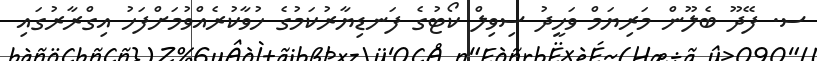
ސ. ފޭދޫ ބެލޫން މަރިޔަމް ވަހީދު ސިވިލް ކޯޓުގެ ފަނޑިޔާރުކަމުގެ ހުވާކުރެއްވުމަށްފަހު އިގްރާރުގައި